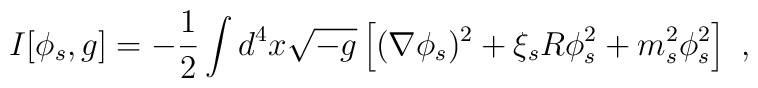
I[\phi_s, g]=-\frac 12 \int d^4x \sqrt{-g} \left[(\nabla \phi_s)^2+\xi_s R\phi_s^2+m_s^2\phi_s^2\right]~,